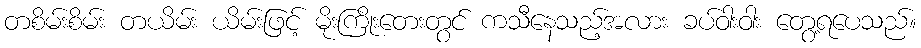
တစိမ်းစိမ်း တယိမ်း ယိမ်းဖြင့် မိုးကြိုးတေးတွင် ကသီနေသည့်အလား ခပ်ဝါးဝါး တွေ့ရပေသည်။